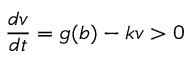
\frac { d v } { d t } = g ( b ) - k v > 0